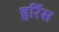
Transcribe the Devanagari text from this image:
हर्रिस